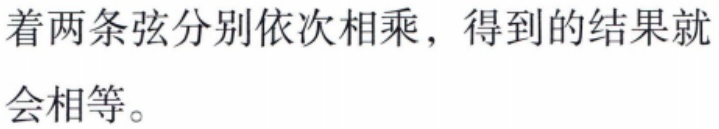
着两条弦分别依次相乘，得到的结果就会相等。